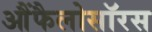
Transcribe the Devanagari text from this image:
आैंफैलोसॉरस